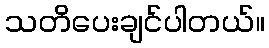
သတိပေးချင်ပါတယ်။